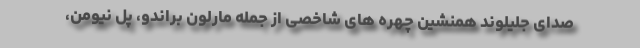
صدای جلیلوند همنشین چهره های شاخصی از جمله مارلون براندو، پل نیومن،